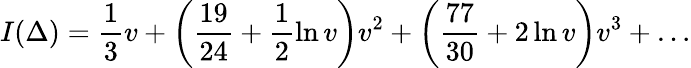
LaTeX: I(\Delta)=\frac{1}{3}v+\left(\frac{19}{24}+\frac{1}{2}\ln v\right)v^{2}+\left(\frac{77}{30}+2\ln v\right)v^{3}+\ldots